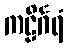
ကဠိင်္ဂရံ